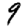
Digit: 9